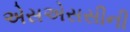
એસએસસીની